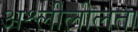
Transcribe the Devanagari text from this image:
अश्लीलीलता